Annual report of lunatic asylums [Bombay] - 1912-1922
Year: 1912
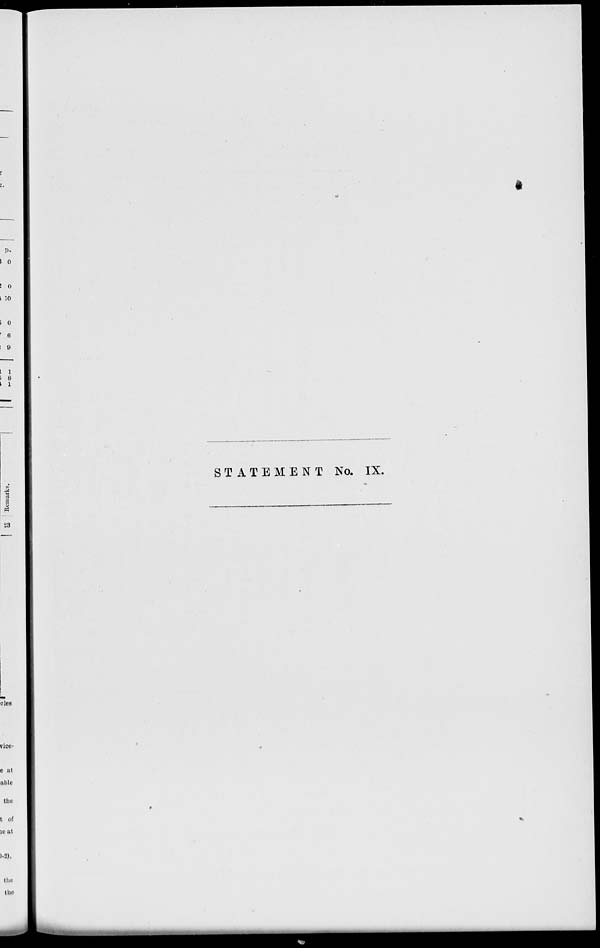
STATEMENT No. IX.